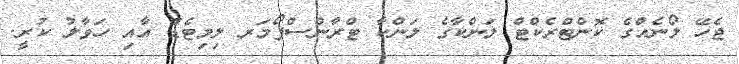
ޖެހޭ ލޯނެއްގެ ކޮންޓްރެކްޓް ލަންކާގެ ލަންކާ ޓްރާންސްފޯމަރ ލިމިޓެޑް އާއި ހަވާލު ކުރީ.